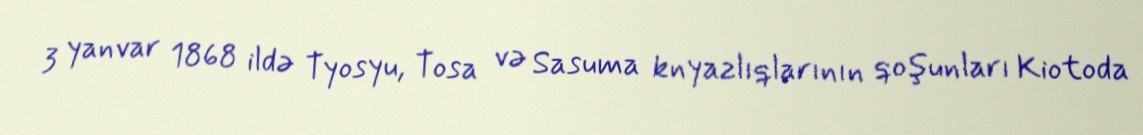
3 yanvar 1868 ildə Tyosyu, Tosa və Sasuma knyazlıqlarının qoşunları Kiotoda